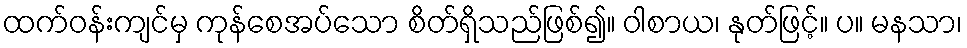
ထက်ဝန်းကျင်မှ ကုန်စေအပ်သော စိတ်ရှိသည်ဖြစ်၍။ ဝါစာယ၊ နုတ်ဖြင့်။ ပ။ မနသာ၊